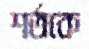
শর্তকে